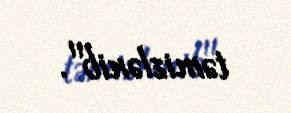
təmizlənib".